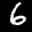
Label: 6